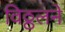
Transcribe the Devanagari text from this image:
विठ्ठलने